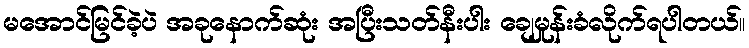
မအောင်မြင်ခဲ့ပဲ အခုနောက်ဆုံး အပြီးသတ်နီးပါး ချေမှုန်းခံလိုက်ရပါတယ်။